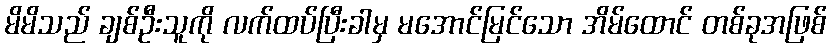
မိမိသည် ချစ်ဦးသူကို လက်ထပ်ပြီးခါမှ မအောင်မြင်သော အိမ်ထောင် တစ်ခုအဖြစ်